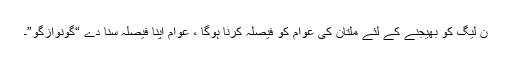
ن لیگ کو بھیجنے کے لئے ملتان کی عوام کو فیصلہ کرنا ہوگا ، عوام اپنا فیصلہ سنا دے “گونوازگو”۔